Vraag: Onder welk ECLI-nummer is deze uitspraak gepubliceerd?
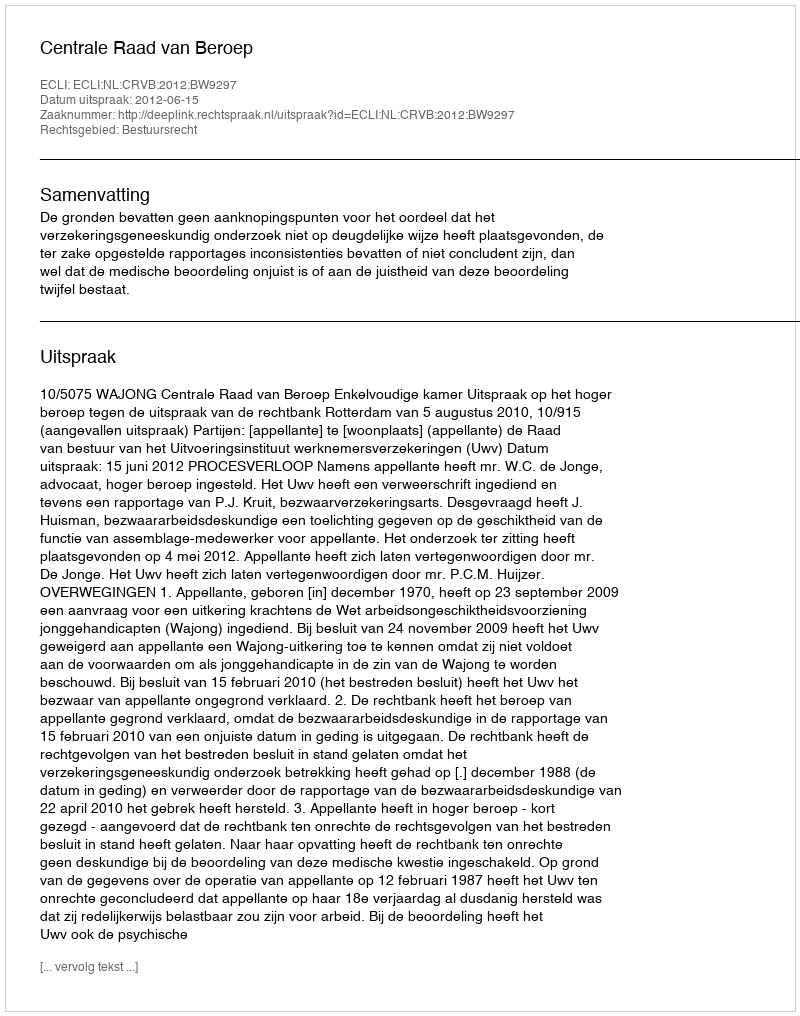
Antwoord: ECLI:NL:CRVB:2012:BW9297